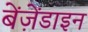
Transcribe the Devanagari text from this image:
बेंज़ेंडाइन